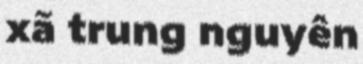
xã trung nguyên